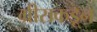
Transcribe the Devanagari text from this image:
ग्रीसकडून